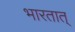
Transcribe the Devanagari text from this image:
भारतात्